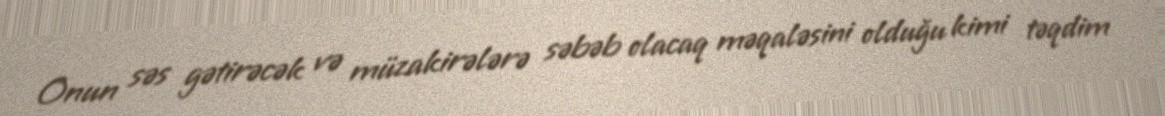
Onun səs gətirəcək və müzakirələrə səbəb olacaq məqaləsini olduğu kimi təqdim